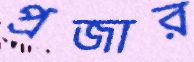
প্রজার